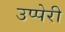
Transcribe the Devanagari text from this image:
उप्पेरी